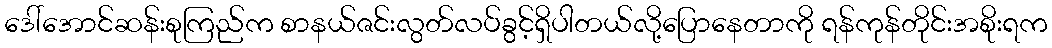
ဒေါ်အောင်ဆန်းစုကြည်က စာနယ်ဇင်းလွတ်လပ်ခွင့်ရှိပါတယ်လို့ပြောနေတာကို ရန်ကုန်တိုင်းအစိုးရက